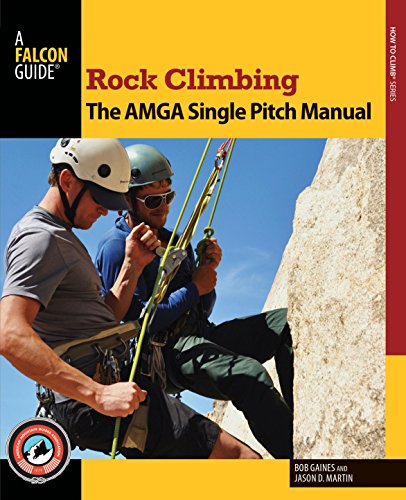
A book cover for Rock Climbing: The AMGA Single Pitch Manual (How To Climb Series); Bob Gaines; Sports & Outdoors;